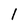
Character: 1